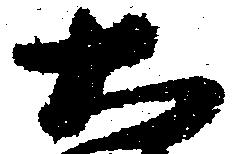
大